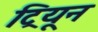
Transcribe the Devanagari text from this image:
ट्रियून